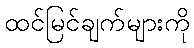
ထင်မြင်ချက်များကို